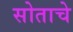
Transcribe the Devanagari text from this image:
सोताचे